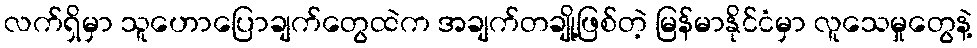
လက်ရှိမှာ သူဟောပြောချက်တွေထဲက အချက်တချို့ဖြစ်တဲ့ မြန်မာနိုင်ငံမှာ လူသေမှုတွေနဲ့